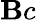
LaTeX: \mathbf{B}c